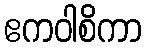
ဧကဝါစိကာ